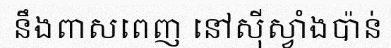
នឹងពាសពេញ នៅស៊ីស្វាំងប៉ាន់